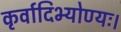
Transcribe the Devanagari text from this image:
कृर्वादिभ्योण्यः।